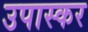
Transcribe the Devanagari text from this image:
उपास्कर